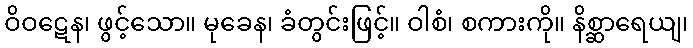
ဝိဝဋေန၊ ဖွင့်သော။ မုခေန၊ ခံတွင်းဖြင့်။ ဝါစံ၊ စကားကို။ နိစ္ဆာရေယျ၊